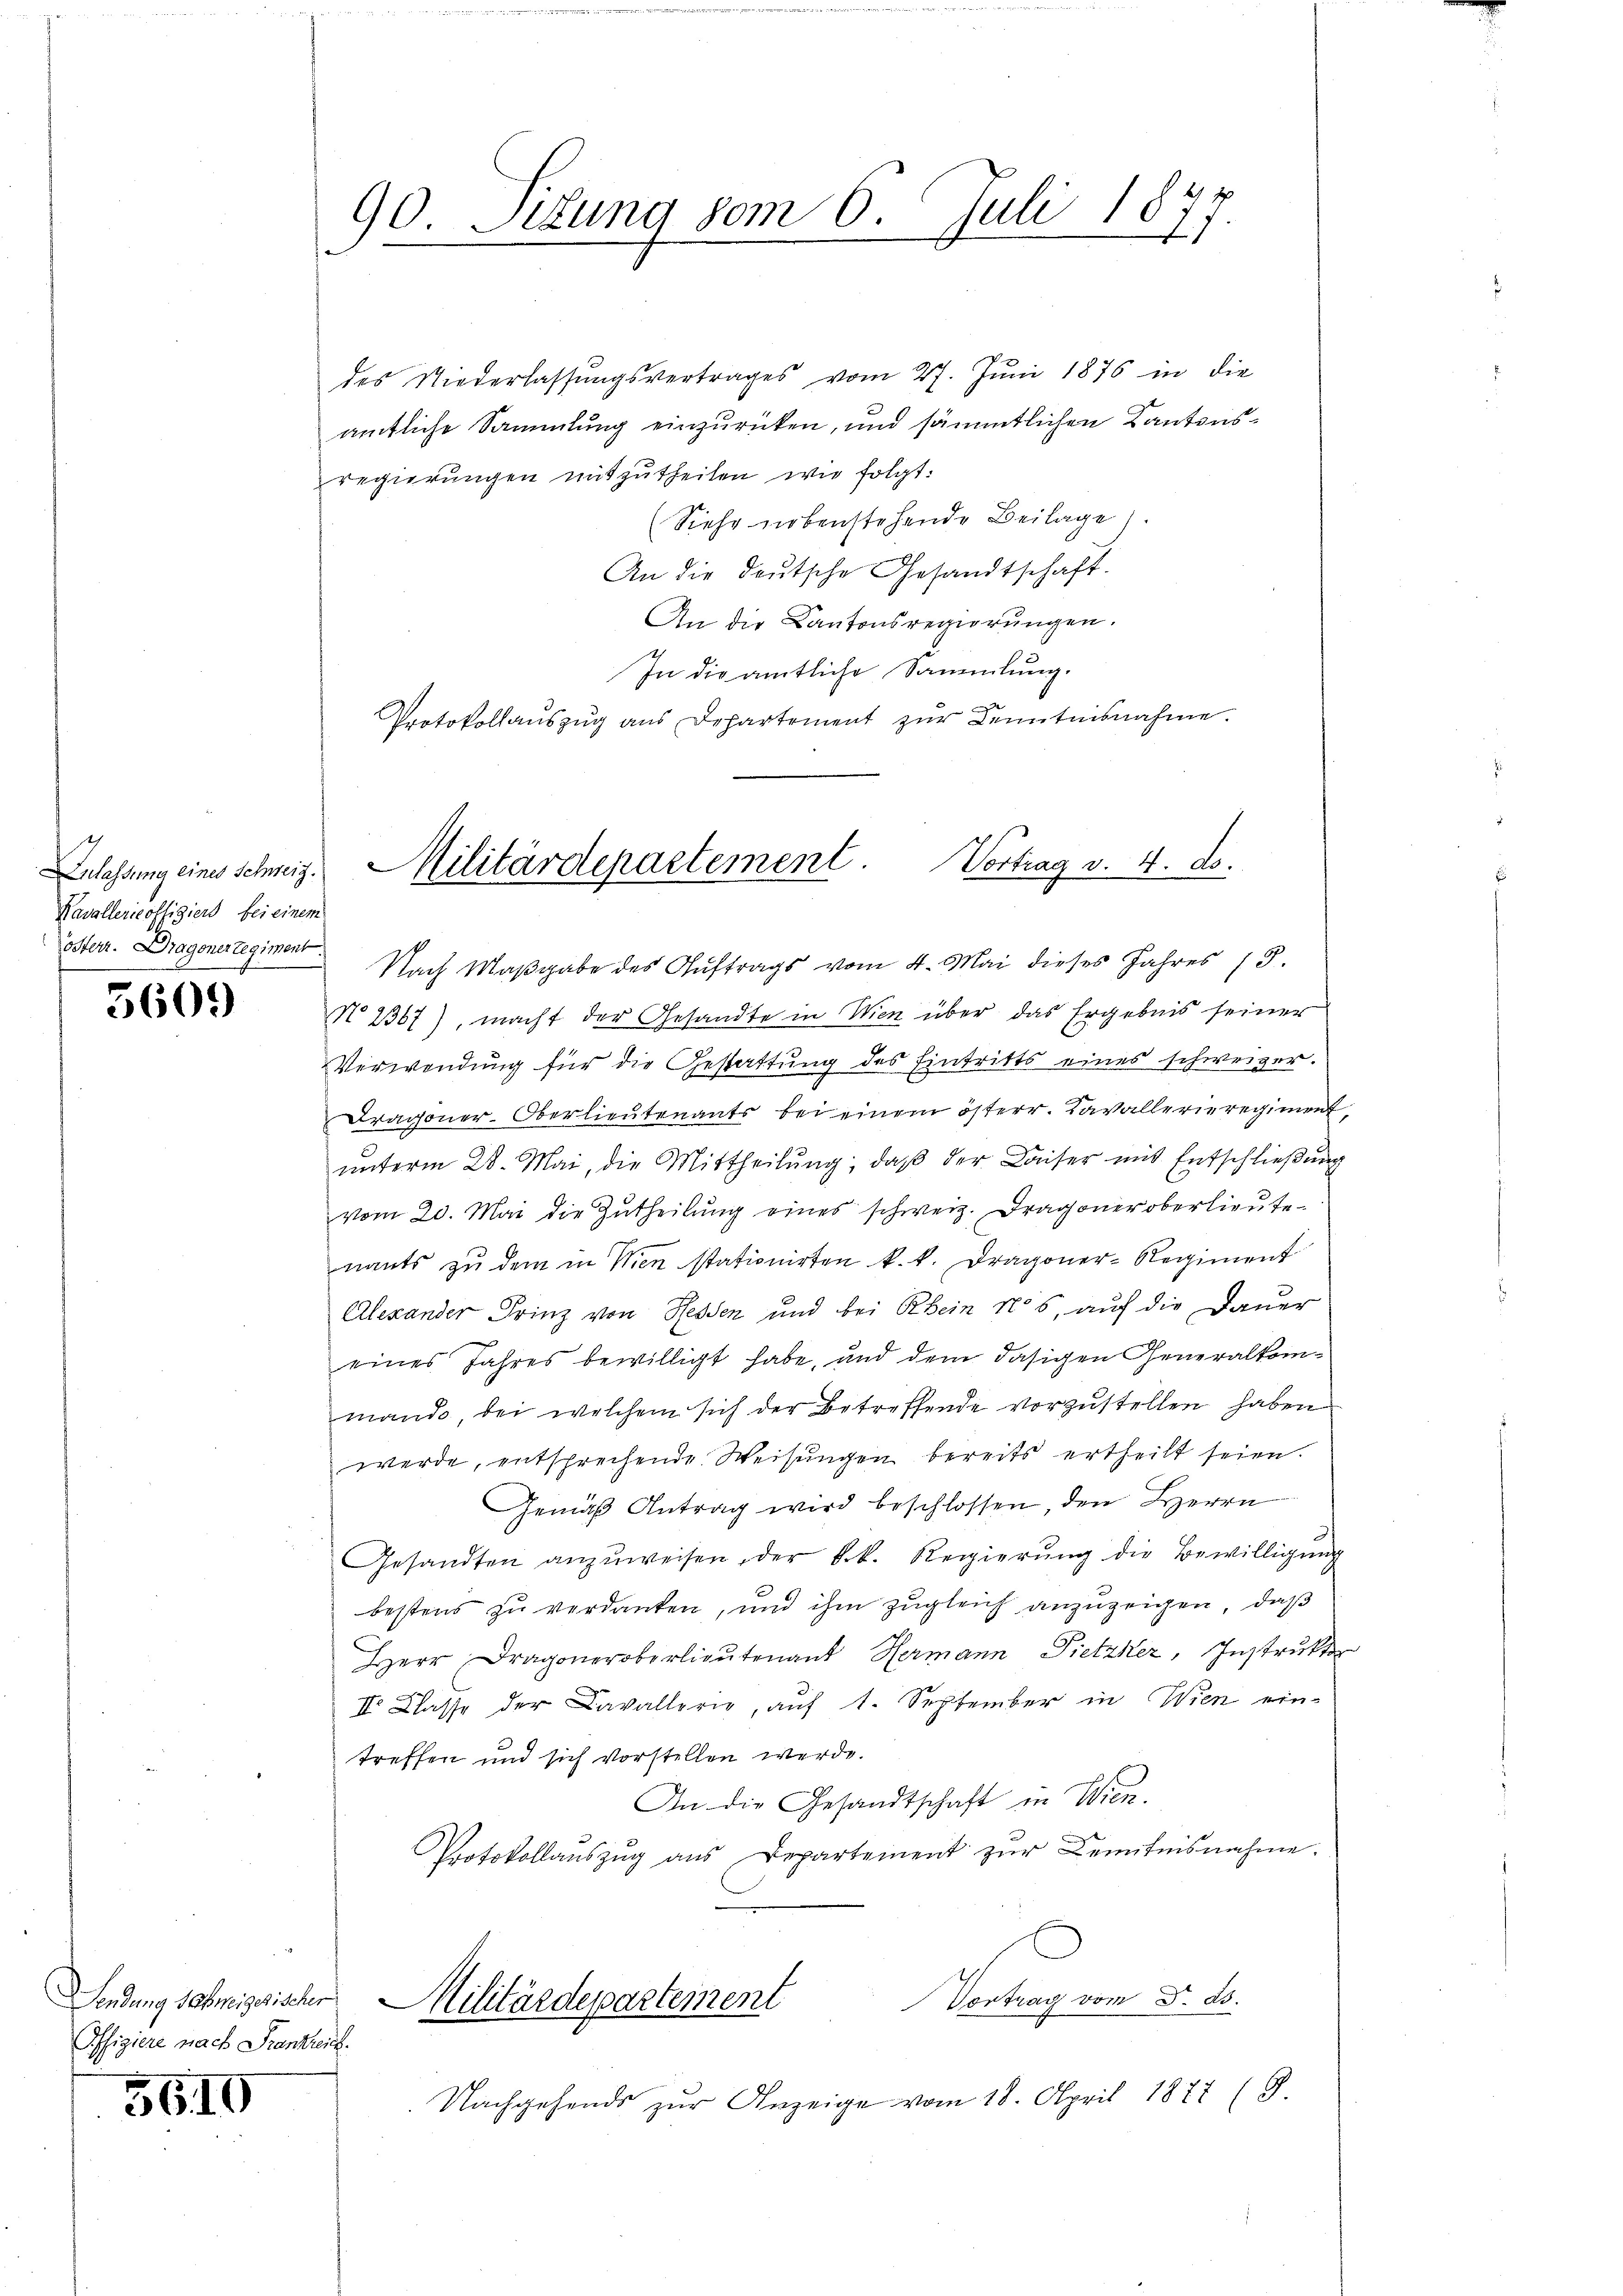
Kavallericoffigiers bei einem
Osterr. Dragoner Regiment.

5609

Offiziere nach Frantreit.

5610

90. Sitzung vom 6. Juli 1877.

des Niederlassŭngsvertrages vom 27. Jŭni 1876 in die
amtliche Sammlung einzuricken, und sämmtlichen Kantonsregierungen mitzutheilen wie folgt:
Siehe nebenstehende Beilage).
An die deutsche Gesandtschaft.
An die Kantonsregierŭngen.
In die amtliche Sammlung.
Protokollauszug aus Departement zur Kenntnisnahme.
Nach Maßgabe des Auftrags vom 4. Mai dieses Jahres 13.
No 2367), macht der Gesandte in Wien über das Ergebnis seiner
Verwendung für die Gestattung des Eintritts eines schweizer.
Dragoner-Oberlieutenants bei einem österr. Cavallerieregiment,
unterm 28. Mai, die Mittheilung, daß der Kaiser mit Entschließung
vom 20. Mai die Zŭtheilŭng eines schweiz. Dragoneroberlieŭte
nants zu dem in Wien stationirten k. k. Dragoner-Regiment
Alexander Prinz von Hessen und bei Rhein No 5, auf die Dauer
eines Jahres bewilligt habe, und dene dasigen Generalkommand, bei welchem sich der Betreffende vorzustellen haben
werde, entsprechende Weisungen bereits ertheilt seien.
Gemäß Antrag wird beschlossen, den Herrn
Gesandten anzŭweisen, der k.k. Regierŭng die Bewilligung
bestens zu verdanken, und ihm zugleich anzuzeigen, daß
Herr Dragoneroberlieutenant Hermann Pietzker, Instrukter
II. Classe der Cavallerie, aŭf 1. September in Wien ein-
treffen und sich vorstellen werde.
An die Gesandtschaft in Wien.
Protokollaŭszŭg ans Departement zŭr Kenntnisnahme.
Vortrag vom 5. ds.
Sendung schweizesischer Militärdepartement
Nachgehends zur Anzeige vom 18. April 1877 (8.

Zulassung eines schweiz. Militärdepartement. Vortrag v. 4. ds.